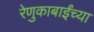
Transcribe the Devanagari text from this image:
रेणुकाबाईंच्या